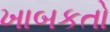
ખાબકતો